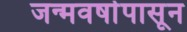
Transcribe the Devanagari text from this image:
जन्मवर्षापासून